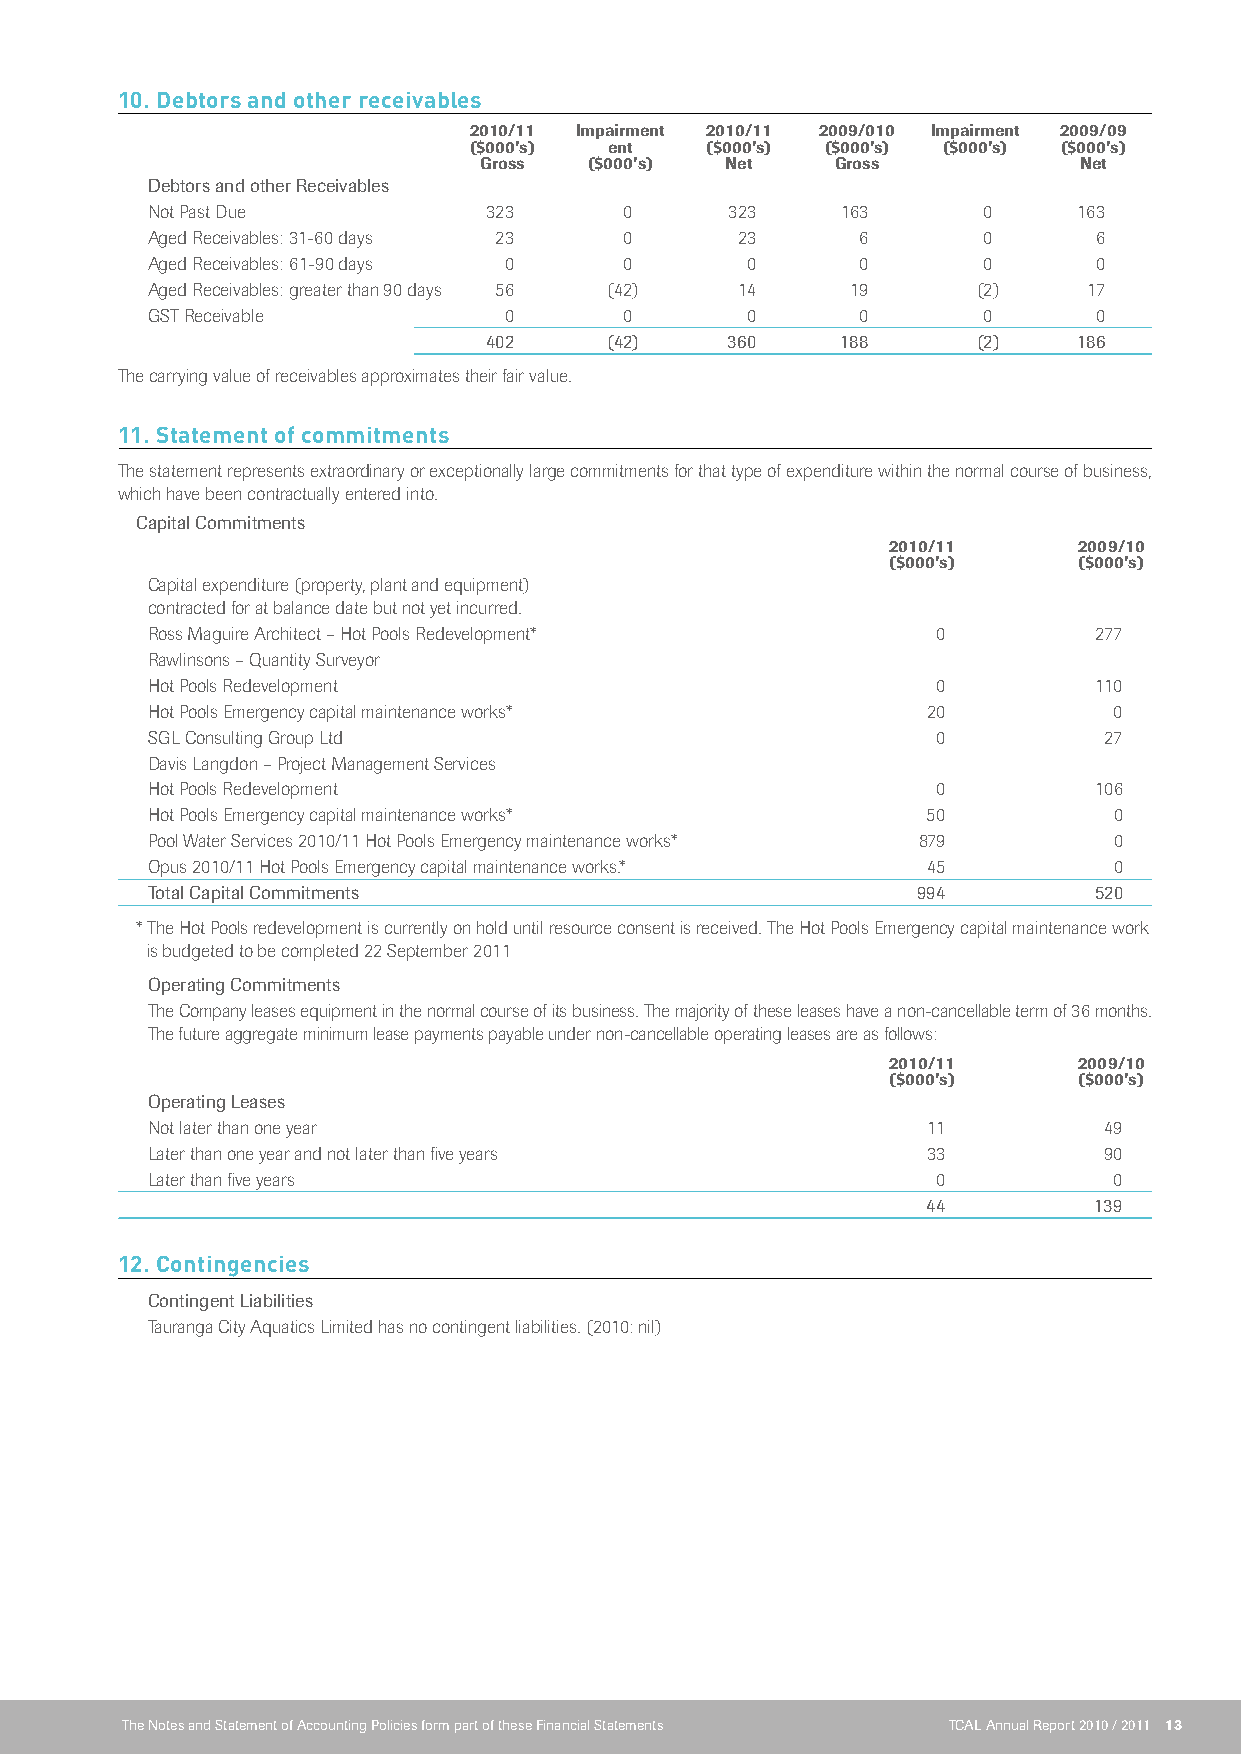
10. Debtors and other receivables
 2010/11 Impairment 2010/11 2009/010 Impairment 2009/09
 ($000’s) ent    ($000’s) ($000’s) ($000’s) ($000’s)
 Gross  ($000’s) Net    Gross           Net
 debtors and other Receivables
 Not Past Due          323      0      323     163      0     163
 Aged Receivables: 31-60 days 23 0      23      6       0      6
 Aged Receivables: 61-90 days 0 0       0       0       0      0
 Aged Receivables: greater than 90 days 56 (42) 14 19   (2)    17
 GST Receivable         0       0       0       0       0      0
 402     (42)    360     188      (2)   186
 The carrying value of receivables approximates their fair value.
 11. Statement of commitments
 The statement represents extraordinary or exceptionally large commitments for that type of expenditure within the normal course of business,
 which have been contractually entered into.
 Capital Commitments
 2010/11     2009/10
 ($000’s)    ($000’s)
 Capital expenditure (property, plant and equipment)
 contracted for at balance date but not yet incurred.
 Ross Maguire Architect – Hot Pools Redevelopment*   0         277
 Rawlinsons – Quantity Surveyor
 Hot Pools Redevelopment                             0         110
 Hot Pools Emergency capital maintenance works*     20           0
 SGL Consulting Group Ltd                            0          27
 Davis Langdon – Project Management Services
 Hot Pools Redevelopment                             0         106
 Hot Pools Emergency capital maintenance works*     50           0
 Pool Water Services 2010/11 Hot Pools Emergency maintenance works* 879 0
 Opus 2010/11 Hot Pools Emergency capital maintenance works.* 45 0
 Total Capital Commitments                          994        520
 * The Hot Pools redevelopment is currently on hold until resource consent is received. The Hot Pools Emergency capital maintenance work
 is budgeted to be completed 22 September 2011
 Operating Commitments
 The Company leases equipment in the normal course of its business. The majority of these leases have a non-cancellable term of 36 months.
 The future aggregate minimum lease payments payable under non-cancellable operating leases are as follows:
 2010/11     2009/10
 ($000’s)    ($000’s)
 Operating Leases
 Not later than one year                            11          49
 Later than one year and not later than five years  33          90
 Later than five years                               0           0
 44         139
 12. Contingencies
 Contingent Liabilities
 Tauranga City Aquatics Limited has no contingent liabilities. (2010: nil)
 The Notes and Statement of Accounting Policies form part of these Financial Statements TCAL Annual Report 2010 / 2011 13